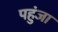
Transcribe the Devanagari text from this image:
पहुंजा